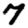
Digit: 7